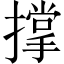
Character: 撑